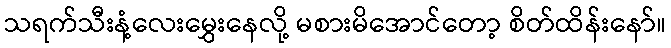
သရက်သီးနံ့လေးမွှေးနေလို့ မစားမိအောင်တော့ စိတ်ထိန်းနော်။